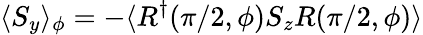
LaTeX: \langle S_{y}\rangle_{\phi}=-\langle R^{\dagger}(\pi/2,\phi)S_{z}R(\pi/2,\phi)\rangle